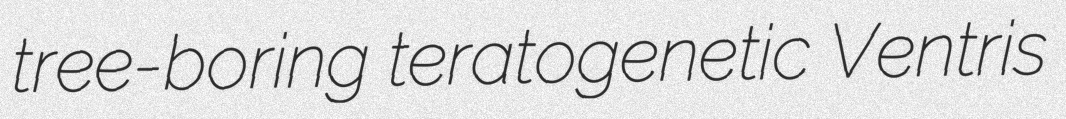
tree-boring teratogenetic Ventris